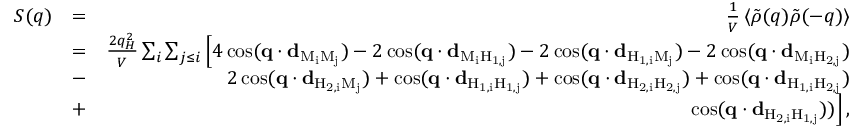
\begin{array} { r l r } { S ( q ) } & { = } & { \frac { 1 } { V } \left\langle \tilde { \rho } ( q ) \tilde { \rho } ( - q ) \right\rangle } \\ & { = } & { \frac { 2 q _ { H } ^ { 2 } } { V } \sum _ { i } \sum _ { j \leq i } \Big [ 4 \cos ( \mathbf { q } \cdot \mathbf { d } _ { \mathrm { M _ { i } M _ { j } } } ) - 2 \cos ( \mathbf { q } \cdot \mathbf { d } _ { \mathrm { M _ { i } H _ { 1 , j } } } ) - 2 \cos ( \mathbf { q } \cdot \mathbf { d } _ { \mathrm { H _ { 1 , i } M _ { j } } } ) - 2 \cos ( \mathbf { q } \cdot \mathbf { d } _ { \mathrm { M _ { i } H _ { 2 , j } } } ) } \\ & { - } & { 2 \cos ( \mathbf { q } \cdot \mathbf { d } _ { \mathrm { H _ { 2 , i } M _ { j } } } ) + \cos ( \mathbf { q } \cdot \mathbf { d } _ { \mathrm { H _ { 1 , i } H _ { 1 , j } } } ) + \cos ( \mathbf { q } \cdot \mathbf { d } _ { \mathrm { H _ { 2 , i } H _ { 2 , j } } } ) + \cos ( \mathbf { q } \cdot \mathbf { d } _ { \mathrm { H _ { 1 , i } H _ { 2 , j } } } ) } \\ & { + } & { \cos ( \mathbf { q } \cdot \mathbf { d } _ { \mathrm { H _ { 2 , i } H _ { 1 , j } } } ) ) \Big ] \, , } \end{array}